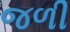
જળી